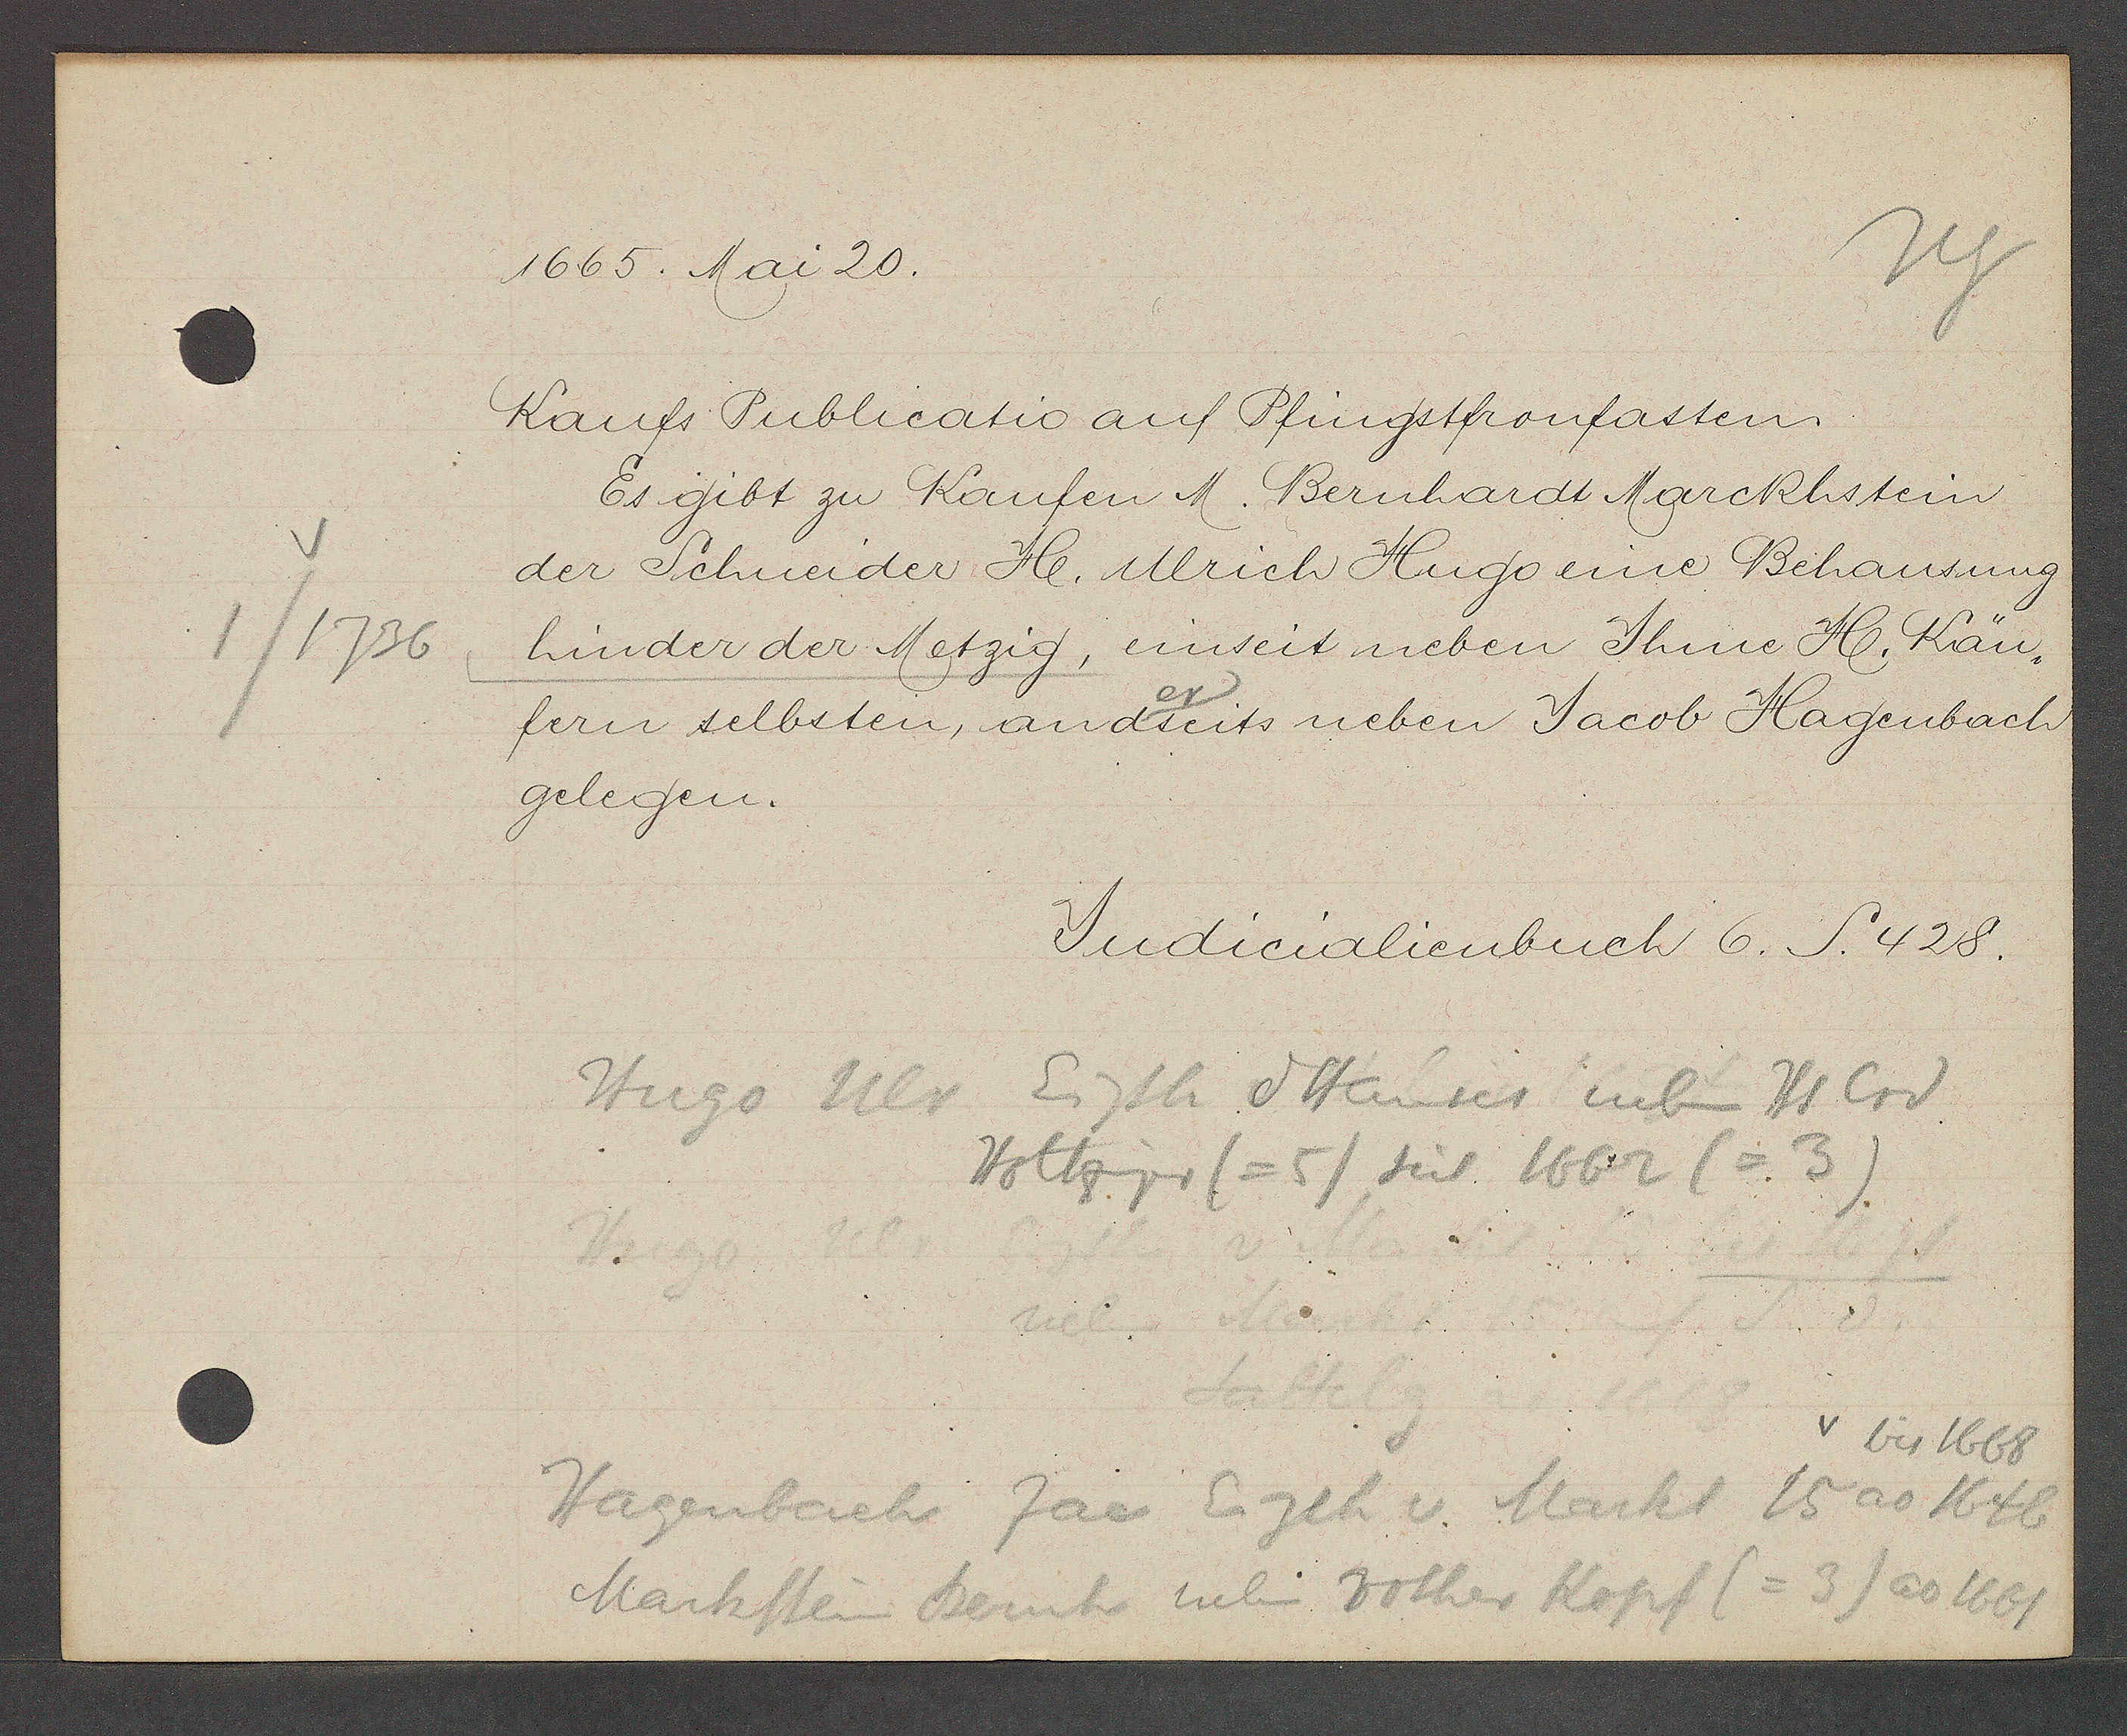
Transcript:
1/1736

1665. Mai 20.

Kaufs Publicatio auf Pfingstfronfasten.
Es gibt zu Kaufen M. Bernhardt Marckhstein
der Schneider H. Ulrich Hugo eine Behausung
hinder der Metzig, einseit neben Ihme H. Kän¬
fern selbsten, andseits neben Jacob Hagenbach
gelegen.

Hugo Ulr Eigth d Hauses neben Hs Crd
Holtziger (=5) seit 1662 (=3)
v bis 1668
Hagenbach Jac Eigth v. Markt 15 ao 1646
= 3) ao 1661
Markstein Bernh neben rother Kopf (

Judicalienbuch 6. S. 428.